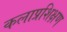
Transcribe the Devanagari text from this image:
कलाप्रशिक्षण